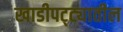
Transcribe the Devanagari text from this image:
खाडीपट्ट्यातील